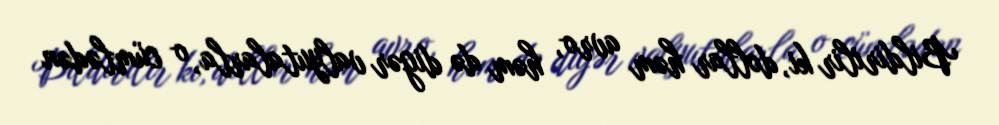
Bildirilir ki, dollar həm avro, həm də digər valyutalarla, o cümlədən